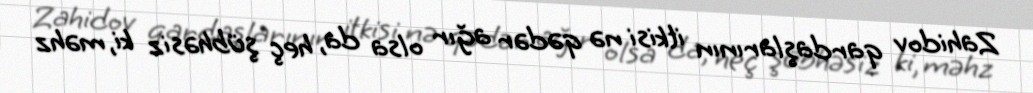
Zahidov qardaşlarının itkisi nə qədər ağır olsa da, heç şübhəsiz ki, məhz